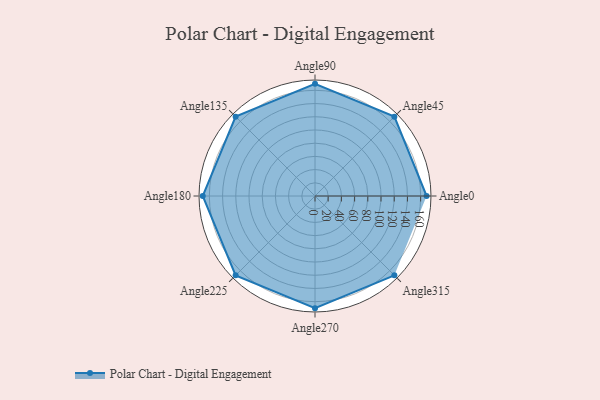
{"axis": {"x": "Angle", "y": "Radius"}, "legend": [""], "data": [{"x": "Angle0", "y": 169.0, "type": ""}, {"x": "Angle45", "y": 170, "type": ""}, {"x": "Angle90", "y": 170, "type": ""}, {"x": "Angle135", "y": 170, "type": ""}, {"x": "Angle180", "y": 170, "type": ""}, {"x": "Angle225", "y": 170, "type": ""}, {"x": "Angle270", "y": 170, "type": ""}, {"x": "Angle315", "y": 170, "type": ""}]}